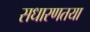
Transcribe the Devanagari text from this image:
सधारणतया